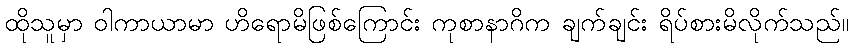
ထိုသူမှာ ဝါကာယာမာ ဟိရောမိဖြစ်ကြောင်း ကုစာနာဂိက ချက်ချင်း ရိပ်စားမိလိုက်သည်။